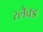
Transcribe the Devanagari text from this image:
स्लैक्ड